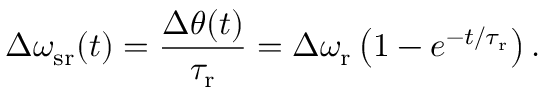
\Delta \omega _ { \mathrm { s r } } ( t ) = \frac { \Delta \theta ( t ) } { \tau _ { \mathrm { r } } } = \Delta \omega _ { \mathrm { r } } \left( 1 - e ^ { - t / \tau _ { \mathrm { r } } } \right) .